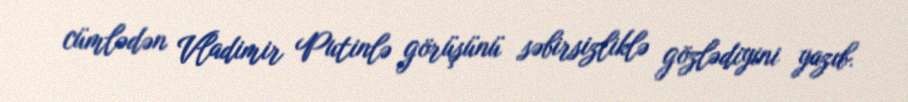
cümlədən Vladimir Putinlə görüşünü səbirsizliklə gözlədiyini yazıb.